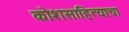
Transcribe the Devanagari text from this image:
कोशसाहित्याचा